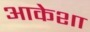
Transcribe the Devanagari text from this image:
आकेशा